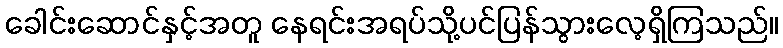
ခေါင်းဆောင်နှင့်အတူ နေရင်းအရပ်သို့ပင်ပြန်သွားလေ့ရှိကြသည်။